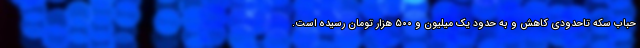
حباب سکه تاحدودی کاهش و به حدود یک میلیون و ۵۰۰ هزار تومان رسیده است.